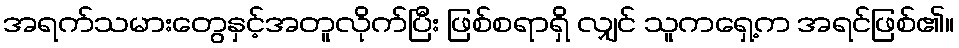
အရက်သမားတွေနှင့်အတူလိုက်ပြီး ဖြစ်စရာရှိ လျှင် သူကရှေ့က အရင်ဖြစ်၏။